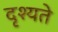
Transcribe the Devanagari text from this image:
दृश्यते